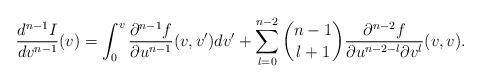
LaTeX: \begin{align*} \frac{d^{n-1}I}{dv^{n-1}}(v)=\int_0^v\frac{\partial^{n-1}f}{\partial u^{n-1}}(v,v')dv'+\sum_{l=0}^{n-2}\binom{n-1}{l+1}\frac{\partial^{n-2}f}{\partial u^{n-2-l}\partial v^l}(v,v).\end{align*}